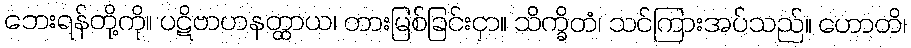
ဘေးရန်တို့ကို။ ပဋိဗာဟနတ္ထာယ၊ တားမြစ်ခြင်းငှာ။ သိက္ခိတံ၊ သင်ကြားအပ်သည်။ ဟောတိ၊